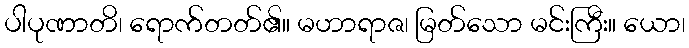
ပါပုဏာတိ၊ ရောက်တတ်၏။ မဟာရာဇ၊ မြတ်သော မင်းကြီး။ ယော၊